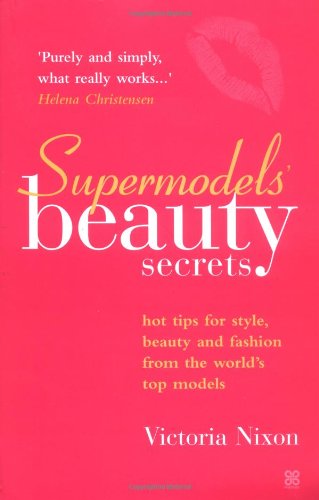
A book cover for Supermodels' Beauty Secrets: Hot Tips for Style, Beauty, and Fashion from the World's Top Models (Top Tips for Style, Beauty and Fashion); Victoria Nixon; Arts & Photography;